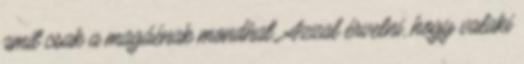
amit csak a magáénak mondhat. Azzal érvelni, hogy valaki